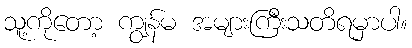
သူ့ကိုတော့ ကျွန်မ အများကြီးသတိရမှာပါ။